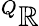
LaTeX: ^Q\mathbb{R}